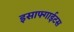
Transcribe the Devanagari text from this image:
इसाफ्गाईटस